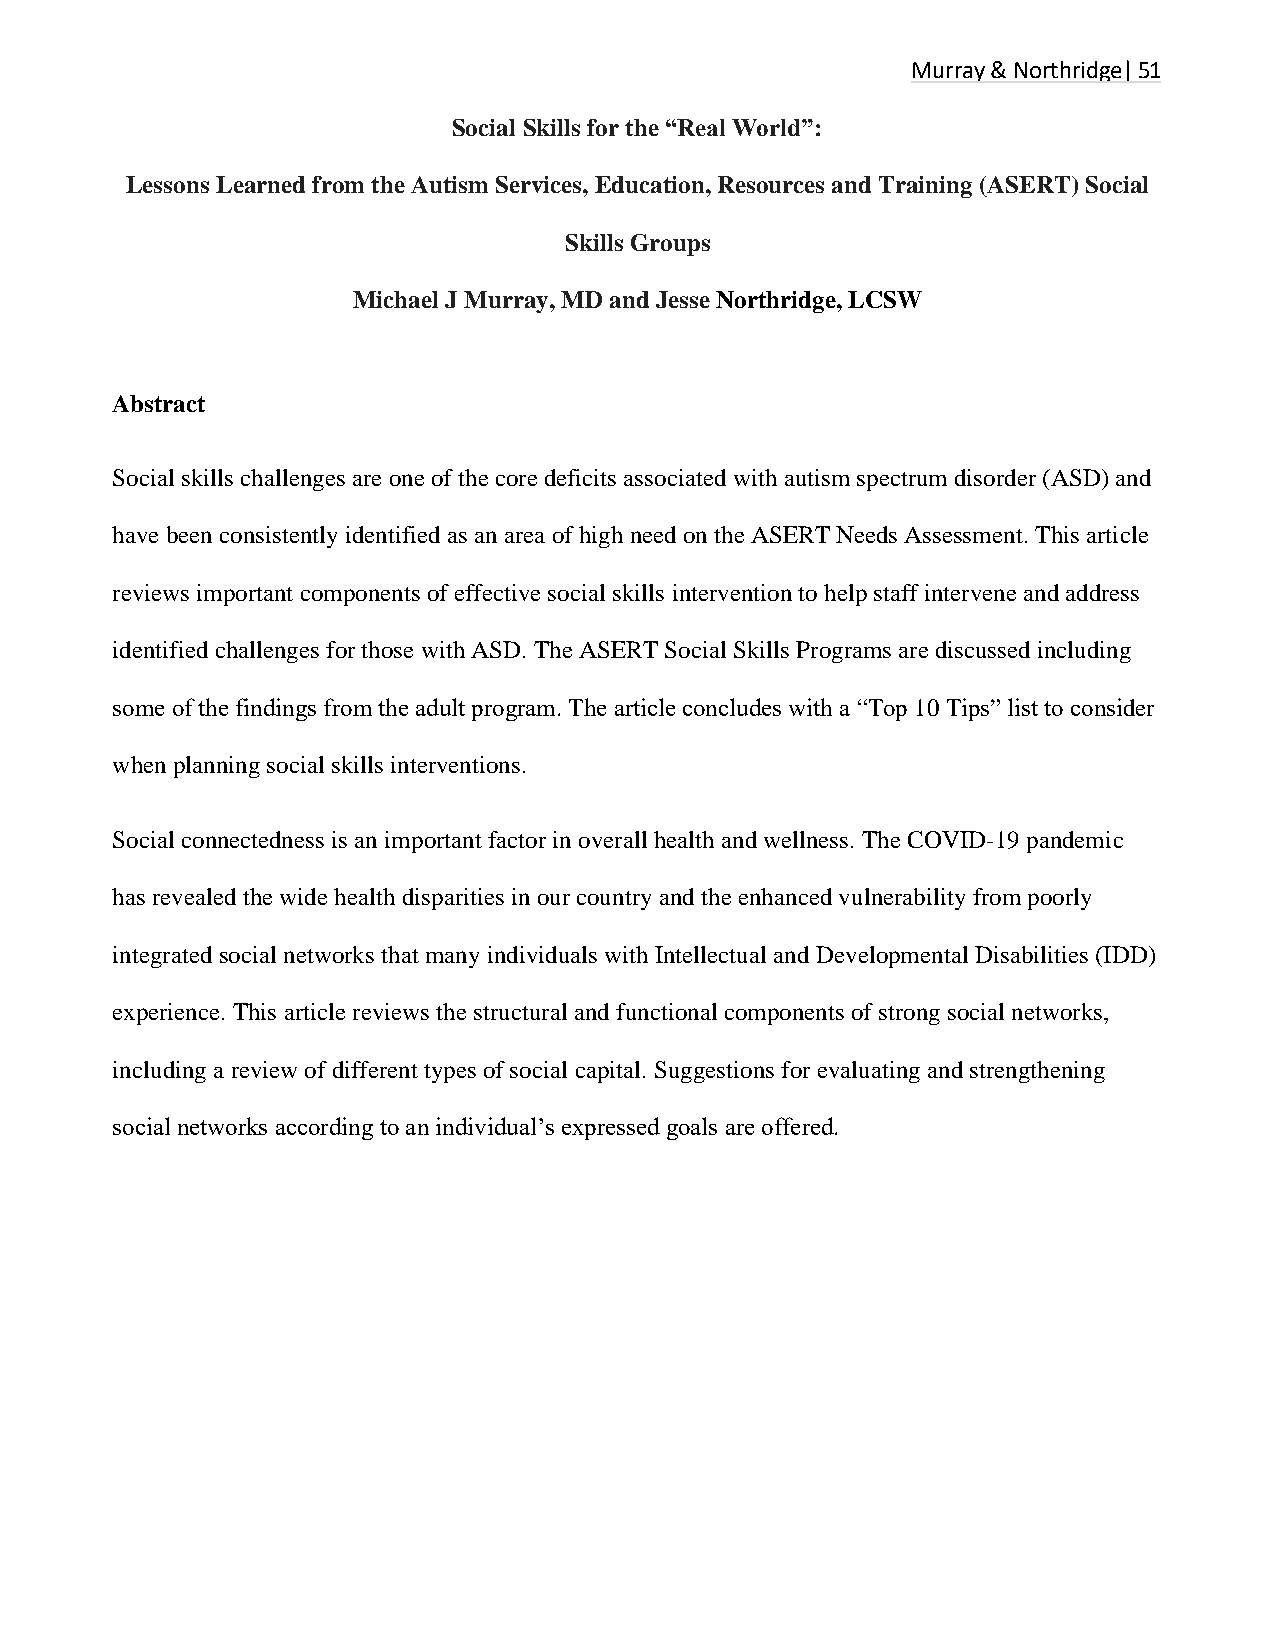
Murray & Northridge| 51
 Social Skills for the “Real World”:
 Lessons Learned from the Autism Services, Education, Resources and Training (ASERT) Social
 Skills Groups
 Michael J Murray, MD and Jesse Northridge, LCSW
 Abstract
 Social skills challenges are one of the core deficits associated with autism spectrum disorder (ASD) and
 have been consistently identified as an area of high need on the ASERT Needs Assessment. This article
 reviews important components of effective social skills intervention to help staff intervene and address
 identified challenges for those with ASD. The ASERT Social Skills Programs are discussed including
 some of the findings from the adult program. The article concludes with a “Top 10 Tips” list to consider
 when planning social skills interventions.
 Social connectedness is an important factor in overall health and wellness. The COVID-19 pandemic
 has revealed the wide health disparities in our country and the enhanced vulnerability from poorly
 integrated social networks that many individuals with Intellectual and Developmental Disabilities (IDD)
 experience. This article reviews the structural and functional components of strong social networks,
 including a review of different types of social capital. Suggestions for evaluating and strengthening
 social networks according to an individual’s expressed goals are offered.